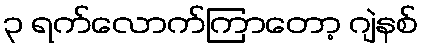
၃ ရက်လောက်ကြာတော့ ဂျဲနစ်